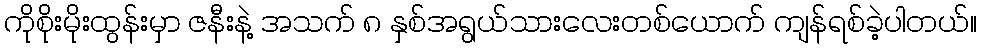
ကိုစိုးမိုးထွန်းမှာ ဇနီးနဲ့ အသက် ၈ နှစ်အရွယ်သားလေးတစ်ယောက် ကျန်ရစ်ခဲ့ပါတယ်။